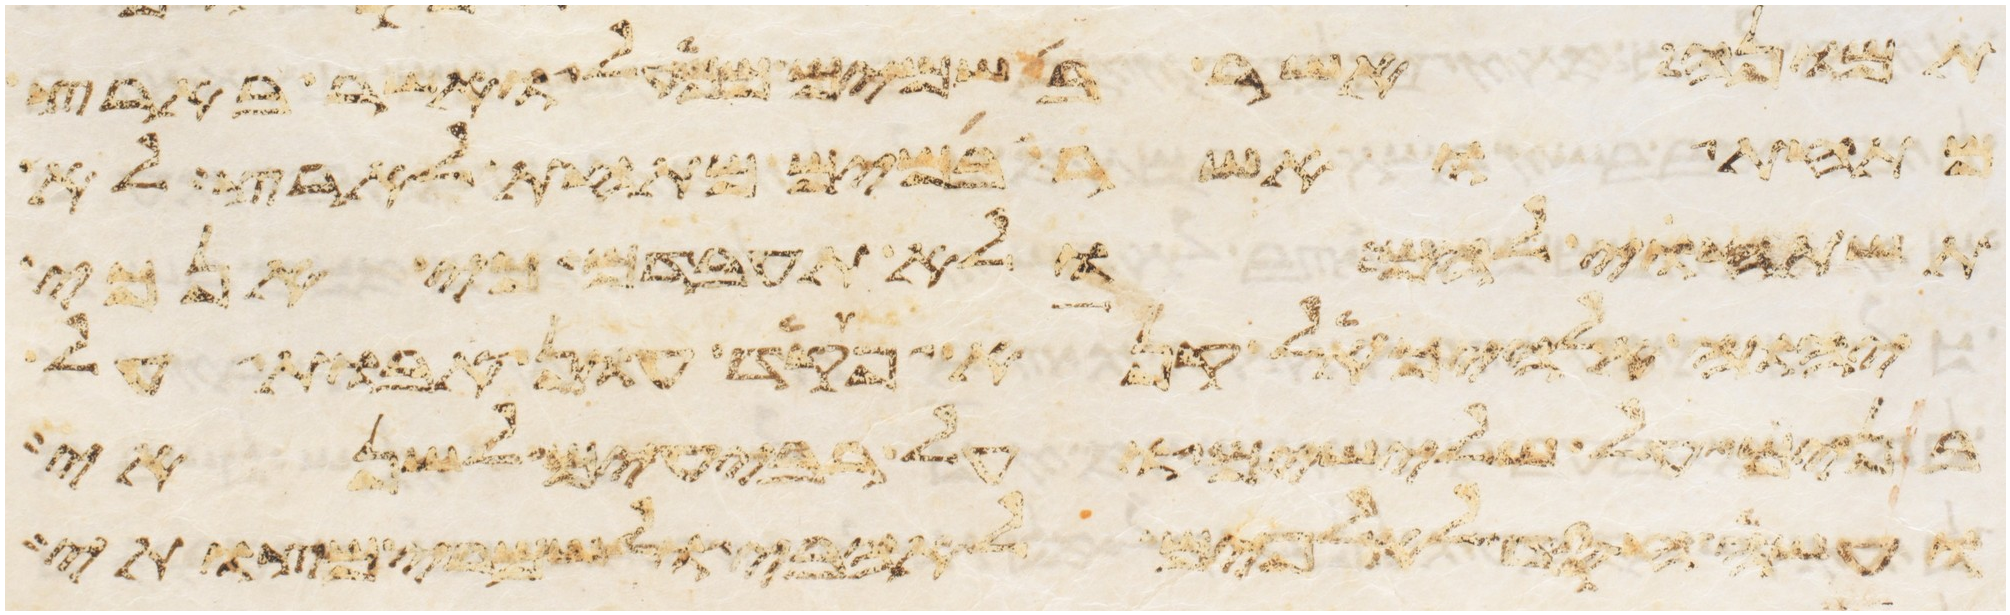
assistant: תמונה אשר בשמים ממעל ואשר בארץ
מתחת ואשר במים מתחת לארץ לא
תשתחוה להם ולא תעבדם כי אנכי
יהוה אלהיך אל קנא פקד עון אבות על
בנים על שלישים ועל רביעים לשנאי
ועשה חסד לאלפים לאהבי ולשמרי מצותי